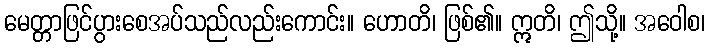
မေတ္တာဖြင်ပွားစေအပ်သည်လည်းကောင်း။ ဟောတိ၊ ဖြစ်၏။ ဣတိ၊ ဤသို့။ အဝေါစ၊